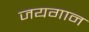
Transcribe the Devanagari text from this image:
जयगान